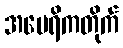
အမေရိကတိုက်